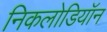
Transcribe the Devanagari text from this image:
निकलोडियॉन